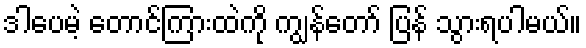
ဒါပေမဲ့ တောင်ကြားထဲကို ကျွန်တော် ပြန် သွားရပါမယ်။